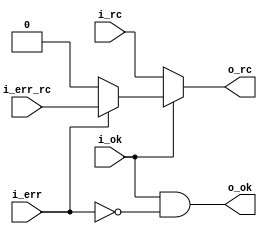
// *!***************************************************************************
// *! Copyright 2019 International Business Machines
// *!
// *! Licensed under the Apache License, Version 2.0 (the "License");
// *! you may not use this file except in compliance with the License.
// *! You may obtain a copy of the License at
// *! http://www.apache.org/licenses/LICENSE-2.0 
// *!
// *! The patent license granted to you in Section 3 of the License, as applied
// *! to the "Work," hereby includes implementations of the Work in physical form. 
// *!
// *! Unless required by applicable law or agreed to in writing, the reference design
// *! distributed under the License is distributed on an "AS IS" BASIS,
// *! WITHOUT WARRANTIES OR CONDITIONS OF ANY KIND, either express or implied.
// *! See the License for the specific language governing permissions and
// *! limitations under the License.
// *!***************************************************************************
module ktms_afu_errmux#(parameter rc_width=1)
   (input i_ok,
    input [0:rc_width-1] i_rc,
    input i_err,
    input [0:rc_width-1] i_err_rc,
    output o_ok,
    output [0:rc_width-1] o_rc
    );
   assign o_ok = i_ok & ~i_err;
   assign o_rc = i_ok ? (i_err ? i_err_rc : {rc_width{1'b0}}) : i_rc;
endmodule // ktms_afu_errmux